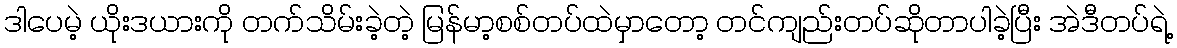
ဒါပေမဲ့ ယိုးဒယားကို တက်သိမ်းခဲ့တဲ့ မြန်မာ့စစ်တပ်ထဲမှာတော့ တင်ကျည်းတပ်ဆိုတာပါခဲ့ပြီး အဲဒီတပ်ရဲ့